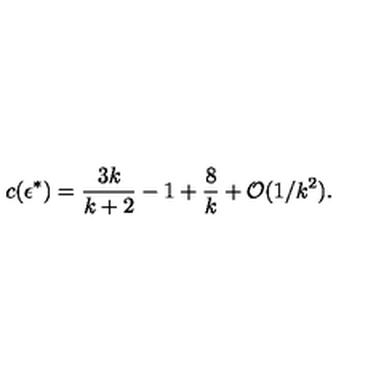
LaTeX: c ( \epsilon ^ { * } ) = { \frac { 3 k } { k + 2 } } - 1 + { \frac { 8 } { k } } + { \cal O } ( 1 / k ^ { 2 } ) .